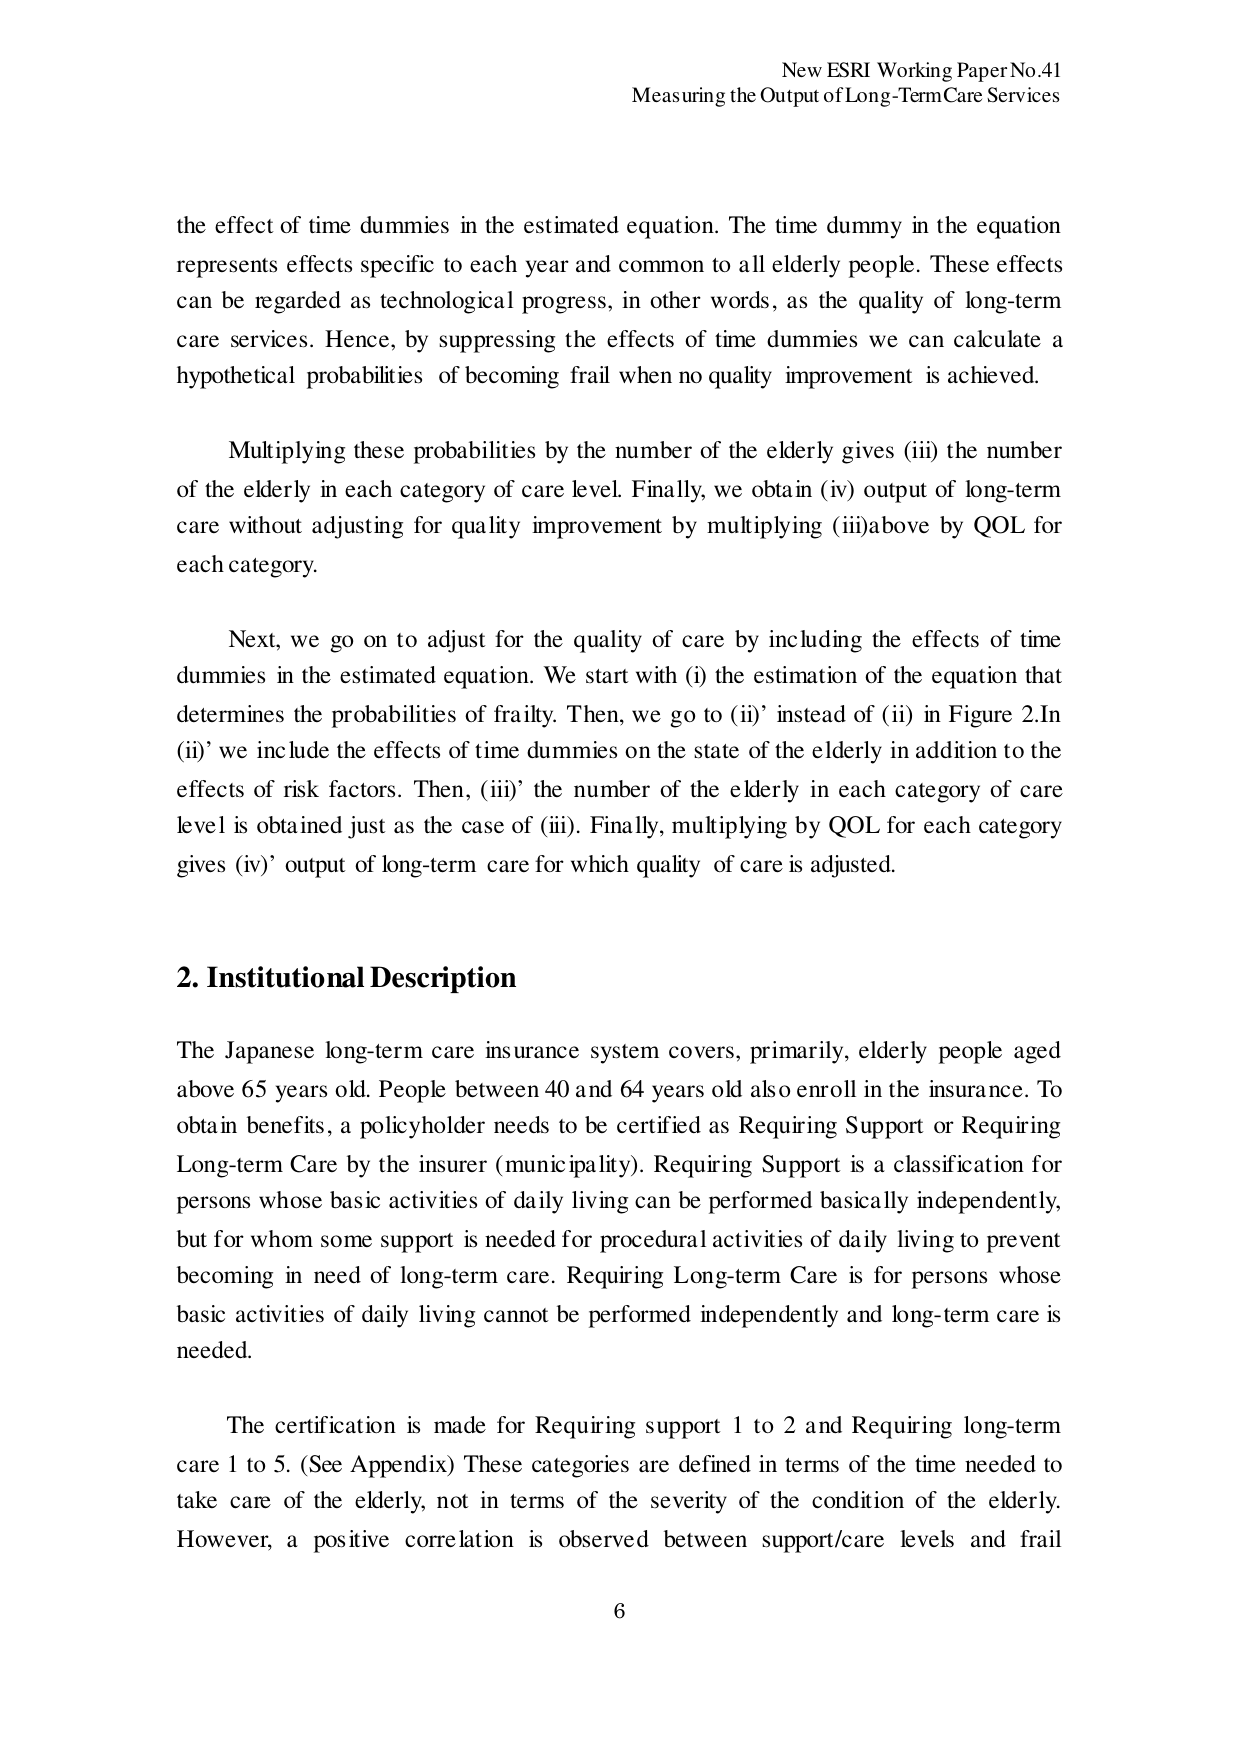
New ESRI Working Paper No.41
Measuring the Output of Long-Term Care Services

the effect of time dummies in the estimated equation. The time dummy in the equation represents effects specific to each year and common to all elderly people. These effects can be regarded as technological progress, in other words, as the quality of long-term care services. Hence, by suppressing the effects of time dummies we can calculate a hypothetical probabilities of becoming frail when no quality improvement is achieved.

Multiplying these probabilities by the number of the elderly gives (iii) the number of the elderly in each category of care level. Finally, we obtain (iv) output of long-term care without adjusting for quality improvement by multiplying (iii) above by QOL for each category.

Next, we go on to adjust for the quality of care by including the effects of time dummies in the estimated equation. We start with (i) the estimation of the equation that determines the probabilities of frailty. Then, we go to (ii)' instead of (ii) in Figure 2. In (ii)' we include the effects of time dummies on the state of the elderly in addition to the effects of risk factors. Then, (iii)' the number of the elderly in each category of care level is obtained just as the case of (iii). Finally, multiplying by QOL for each category gives (iv)' output of long-term care for which quality of care is adjusted.

2. Institutional Description

The Japanese long-term care insurance system covers, primarily, elderly people aged above 65 years old. People between 40 and 64 years old also enroll in the insurance. To obtain benefits, a policyholder needs to be certified as Requiring Support or Requiring Long-term Care by the insurer (municipality). Requiring Support is a classification for persons whose basic activities of daily living can be performed basically independently, but for whom some support is needed for procedural activities of daily living to prevent becoming in need of long-term care. Requiring Long-term Care is for persons whose basic activities of daily living cannot be performed independently and long-term care is needed.

The certification is made for Requiring support 1 to 2 and Requiring long-term care 1 to 5. (See Appendix) These categories are defined in terms of the time needed to take care of the elderly, not in terms of the severity of the condition of the elderly. However, a positive correlation is observed between support/care levels and frail

6